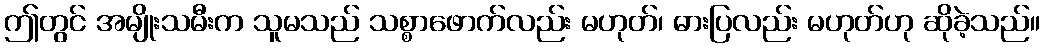
ဤတွင် အမျိုးသမီးက သူမသည် သစ္စာဖောက်လည်း မဟုတ်၊ ဓားပြလည်း မဟုတ်ဟု ဆိုခဲ့သည်။